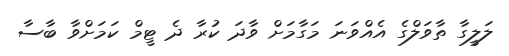
ލަލީގާ ތާވަލްގެ އެއްވަނަ މަގާމަށް ވާދަ ކުރާ ދެ ޓީމް ކަމަށްވާ ބާސާ